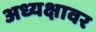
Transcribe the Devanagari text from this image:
अध्यक्षावर